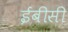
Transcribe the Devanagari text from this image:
ईबीसी